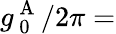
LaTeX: g_{\mathrm{~0~}}^{\mathrm{~A~}}/2\pi=